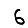
Digit: 6